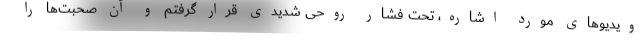
ویدیوهای مورد اشاره، تحت فشار روحی شدیدی قرار گرفتم و آن صحبت‌ها را